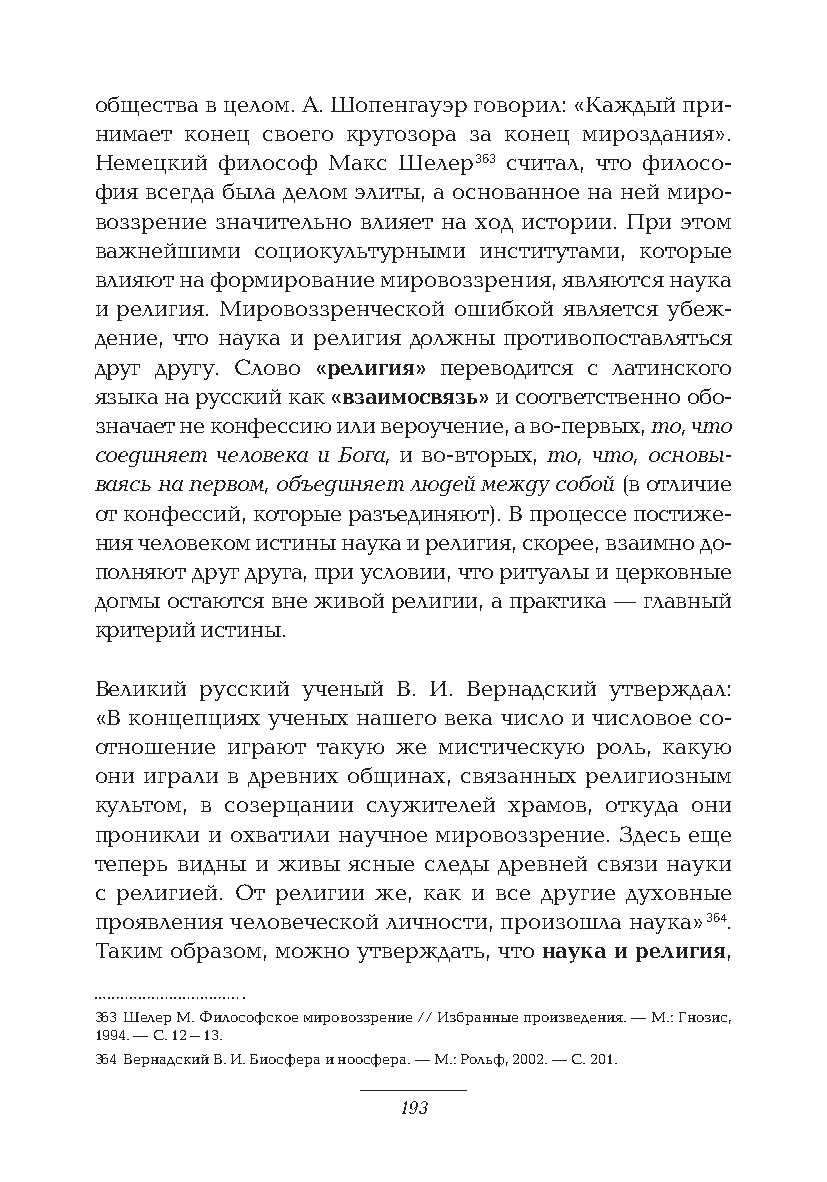
общества в целом. А. Шопенгауэр говорил: «Каждый при-
 нимает конец своего кругозора за конец мироздания».
 Немецкий философ Макс Шелер 363 считал, что филосо-
 фия всегда была делом элиты, а основанное на ней миро-
 воззрение значительно влияет на ход истории. При этом
 важнейшими социокультурными институтами, которые
 влияют на формирование мировоззрения, являются наука
 и религия. Мировоззренческой ошибкой является убеж-
 дение, что наука и религия должны противопоставляться
 друг другу. Слово «религия» переводится с латинского
 языка на русский как «взаимосвязь» и соответственно обо-
 значает не конфессию или вероучение, а во-первых, то, что
 соединяет человека и Бога, и во-вторых, то, что, основы-
 ваясь на первом, объединяет людей между собой (в отличие
 от конфессий, которые разъединяют). В процессе постиже-
 ния человеком истины наука и религия, скорее, взаимно до-
 полняют друг друга, при условии, что ритуалы и церковные
 догмы остаются вне живой религии, а практика — главный
 критерий истины.
 Великий русский ученый В. И. Вернадский утверждал:
 «В концепциях ученых нашего века число и числовое со-
 отношение играют такую же мистическую роль, какую
 они играли в древних общинах, связанных религиозным
 культом, в созерцании служителей храмов, откуда они
 проникли и охватили научное мировоззрение. Здесь еще
 теперь видны и живы ясные следы древней связи науки
 с религией. От религии же, как и все другие духовные
 проявления человеческой личности, произошла наука» 364.
 Таким образом, можно утверждать, что наука и религия,
 363 Шелер М. Философское мировоззрение // Избранные произведения. — М.: Гнозис,
 1994. — С. 12–13.
 364 Вернадский В. И. Биосфера и ноосфера. — М.: Рольф, 2002. — С. 201.
 193